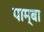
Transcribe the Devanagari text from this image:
पाम्बा